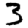
Digit: 3